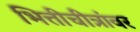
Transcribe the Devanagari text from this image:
भित्तीचीत्रांवर